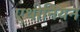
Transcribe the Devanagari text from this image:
एथीनियन